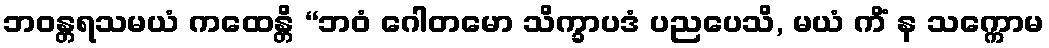
ဘဝန္တရသမယံ ကထေန္တိ “ဘဝံ ဂေါတမော သိက္ခာပဒံ ပညပေသိ, မယံ ကိံ န သက္ကောမ